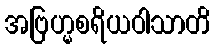
အဗြဟ္မစရိယဝါသာတိ